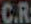
C.R